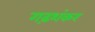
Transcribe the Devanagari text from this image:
गढ़शंकर